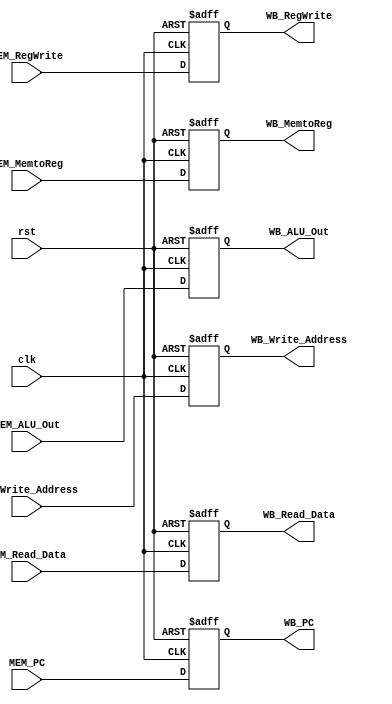
module MEM_WB(
    input clk,
    input rst,
    input [31:0] MEM_PC,//
    input [31:0] MEM_ALU_Out,//
    input [31:0] MEM_Read_Data,//
    input [1:0] MEM_MemtoReg,//
    input [4:0] MEM_Write_Address,//
    input MEM_RegWrite,//
    output reg [31:0] WB_PC,//
    output reg [31:0] WB_ALU_Out,//
    output reg [31:0] WB_Read_Data,//
    output reg [1:0] WB_MemtoReg,//
    output reg [4:0] WB_Write_Address,//
    output reg WB_RegWrite//
);
always @(posedge clk or posedge rst) begin
    if (rst) begin
        WB_PC <= 0;//
        WB_ALU_Out <= 0;//
        WB_Read_Data <= 0;//
        WB_MemtoReg <= 0;//
        WB_Write_Address <= 0;//
        WB_RegWrite <= 0;//
    end
    else begin
        WB_PC <= MEM_PC;//
        WB_ALU_Out <= MEM_ALU_Out;//
        WB_Read_Data <= MEM_Read_Data;//
        WB_MemtoReg <= MEM_MemtoReg;//
        WB_Write_Address <= MEM_Write_Address;//
        WB_RegWrite <= MEM_RegWrite;//
    end
end
endmodule